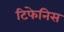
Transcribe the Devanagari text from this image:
टिफेनिस